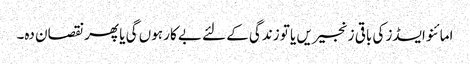
امائنو ایسڈز کی باقی زنجیریں یا تو زندگی کے لئے بے کار ہوں گی یا پھر نقصان دہ۔